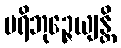
ပရိဘုဉ္ဇေယျန္တိ